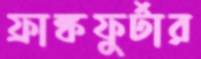
ফ্রাঙ্কফুর্টার